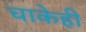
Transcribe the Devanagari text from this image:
चाकेही